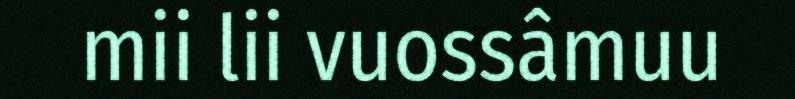
mii lii vuossâmuu